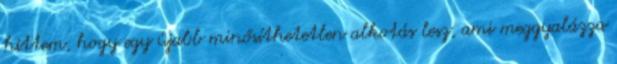
hittem, hogy egy újabb minősíthetetlen alkotás lesz, ami meggyalázza